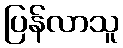
ပြန်လာသူ